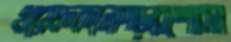
খায়েফকনোপাড়ারশোরম